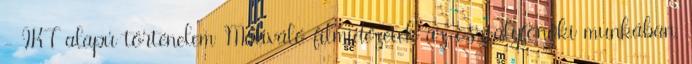
- IKT alapú történelem Motiváló filmidézetek az osztályfőnöki munkában,